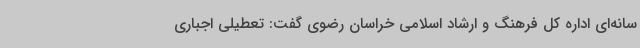
سانه‌ای اداره کل فرهنگ و ارشاد اسلامی خراسان رضوی گفت: تعطیلی اجباری